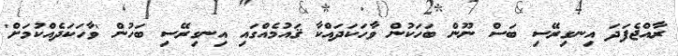
ރާއްޖެފަދަ އިނގިރޭސި ބަސް ނޫން ބަހަކުން ވާހަކަދައްކާ ޤައުމެއްގައި އިނގިރޭސި ބަހުން 'ވާހަކަދެއްކުމަށް'